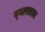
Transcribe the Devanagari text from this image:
व्‍याखाला